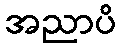
အညာပိ